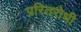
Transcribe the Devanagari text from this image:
प्ररितरोधी